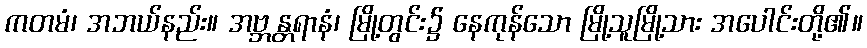
ကတမံ၊ အဘယ်နည်း။ အဗ္ဘန္တရာနံ၊ မြို့တွင်း၌ နေကုန်သော မြို့သူမြို့သား အပေါင်းတို့၏။